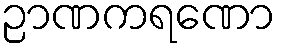
ဉာဏကရဏော